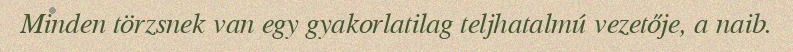
Minden törzsnek van egy gyakorlatilag teljhatalmú vezetője, a naib.